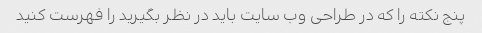
پنج نکته را که در طراحی وب سایت باید در نظر بگیرید را فهرست کنید